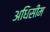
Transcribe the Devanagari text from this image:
अधिसीम